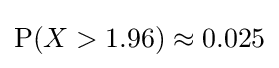
\mathrm {P} (X>1.96)\approx 0.025